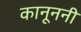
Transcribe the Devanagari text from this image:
कानूननी